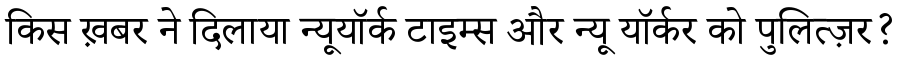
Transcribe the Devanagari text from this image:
किस ख़बर ने दिलाया न्यूयॉर्क टाइम्स और न्यू यॉर्कर को पुलित्ज़र?